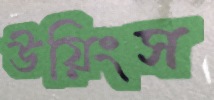
উয়িংস